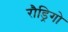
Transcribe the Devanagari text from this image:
रौड्रिगो